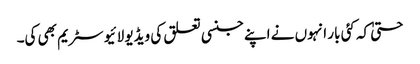
حتیٰ کہ کئی بار انہوں نے اپنے جنسی تعلق کی ویڈیو لائیو سٹریم بھی کی۔